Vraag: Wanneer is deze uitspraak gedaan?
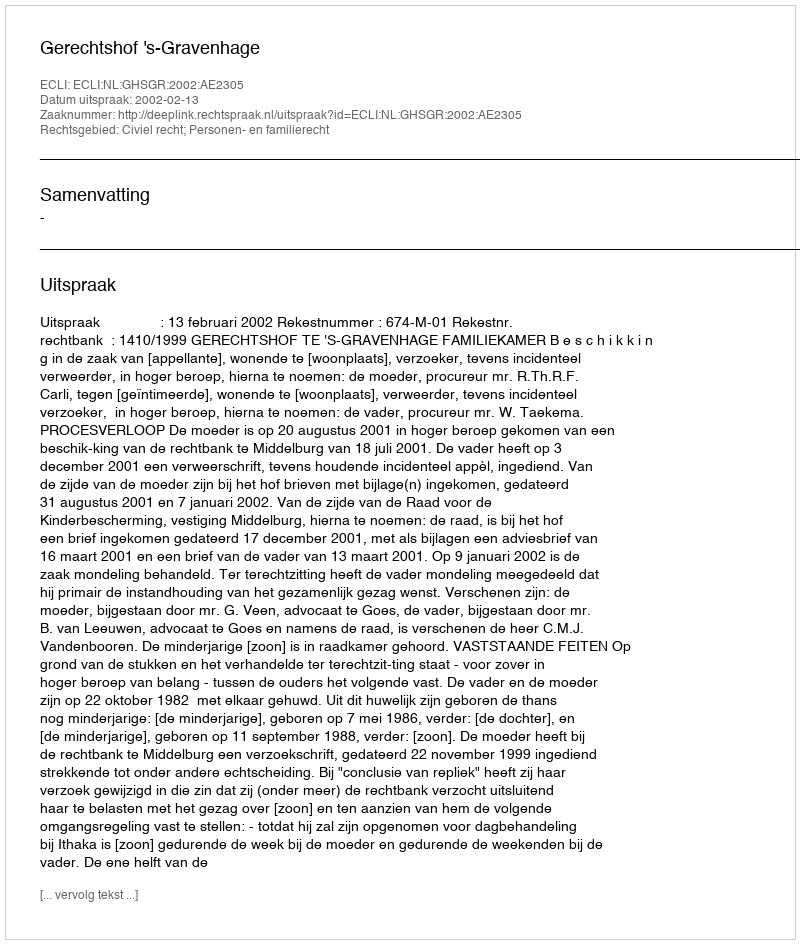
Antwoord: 2002-02-13